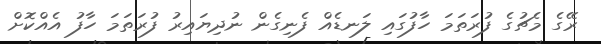
ރޭގެ މެޗުގެ ފުރަތަމަ ހާފުގައި ލަނޑެއް ފެނިގެން ނުދިޔައިރު ފުރަތަމަ ހާފު އެއްކޮށް